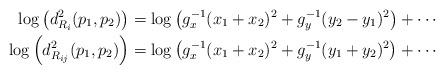
LaTeX: \begin{align*}\log \left( d^2_{R_i}(p_1,p_2) \right) &= \log \left(g_x^{-1} (x_1 + x_2)^2 + g_y^{-1} (y_2-y_1)^2 \right) + \cdots \\\log \left( d^2_{R_{ij}}(p_1,p_2) \right) &= \log \left( g_x^{-1} (x_1 + x_2)^2 + g_y^{-1} (y_1+y_2)^2 \right) + \cdots\end{align*}